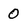
Character: 0